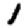
Digit: 1